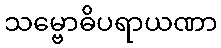
သမ္ဗောဓိပရာယဏာ